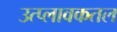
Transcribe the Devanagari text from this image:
उत्प्लावकतल